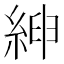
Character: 𦁴